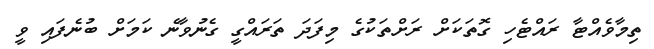
ތިމާވެއްޓާ ރައްޓެހި ގޮތަކަށް ރަށްތަކުގެ މިފަދަ ތަރައްގީ ގެނުވާނެ ކަމަށް ބުނެފައި ވީ